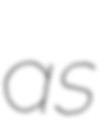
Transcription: as